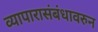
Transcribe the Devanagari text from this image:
व्यापारासंबंधावरुन